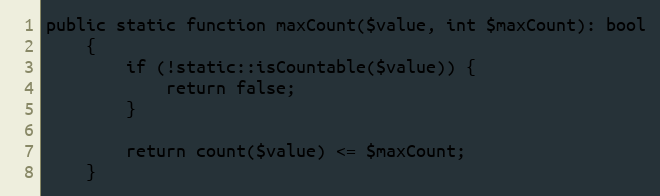
Language: PHP
public static function maxCount($value, int $maxCount): bool
    {
        if (!static::isCountable($value)) {
            return false;
        }

        return count($value) <= $maxCount;
    }